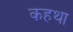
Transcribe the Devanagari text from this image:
कहथा